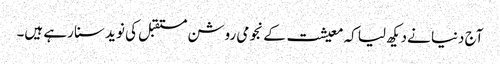
آج دنیا نےدیکھ لیا کہ معیشت کے نجومی روشن مستقبل کی نوید سنا رہے ہیں۔